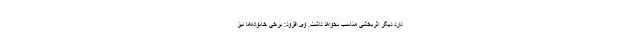
دارد دیگر اثربخشی مناسب نخواهد داشت. وی افزود: برخی خانواده‌ها نیز